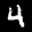
Label: 4